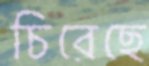
চিরেছে